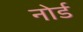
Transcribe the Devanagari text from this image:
नोर्ड